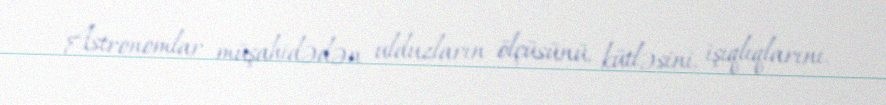
Astronomlar müşahidədən ulduzların ölçüsünü, kütləsini, işıqlıqlarını,